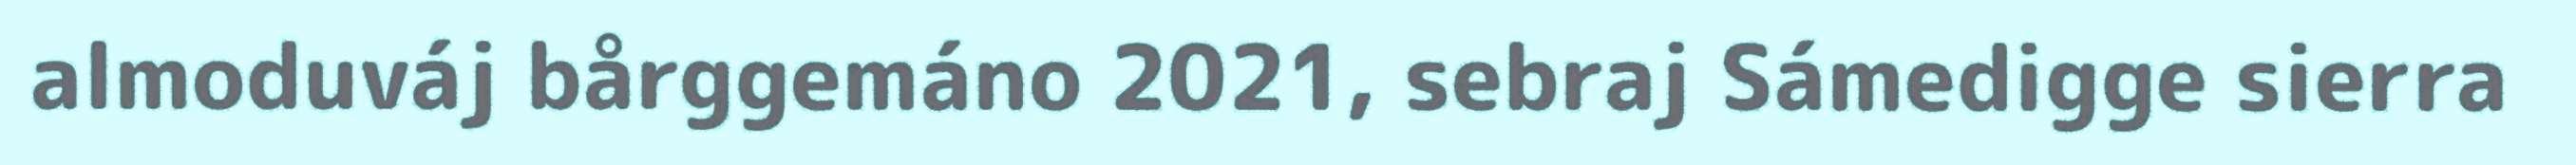
almoduváj bårggemáno 2021, sebraj Sámedigge sierra